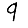
Digit: 9